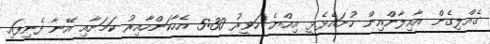
ގެއްލިގެން އާއިލާންއިން ހުށައެޅެޅީ އިއްޔެ ހަވީރު 5:30 އެހާކަންހާއިރު ކަމަށާއި އޭނާ ފެނިފައި